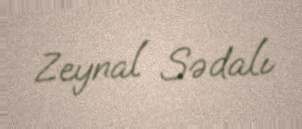
Zeynal Sədalı